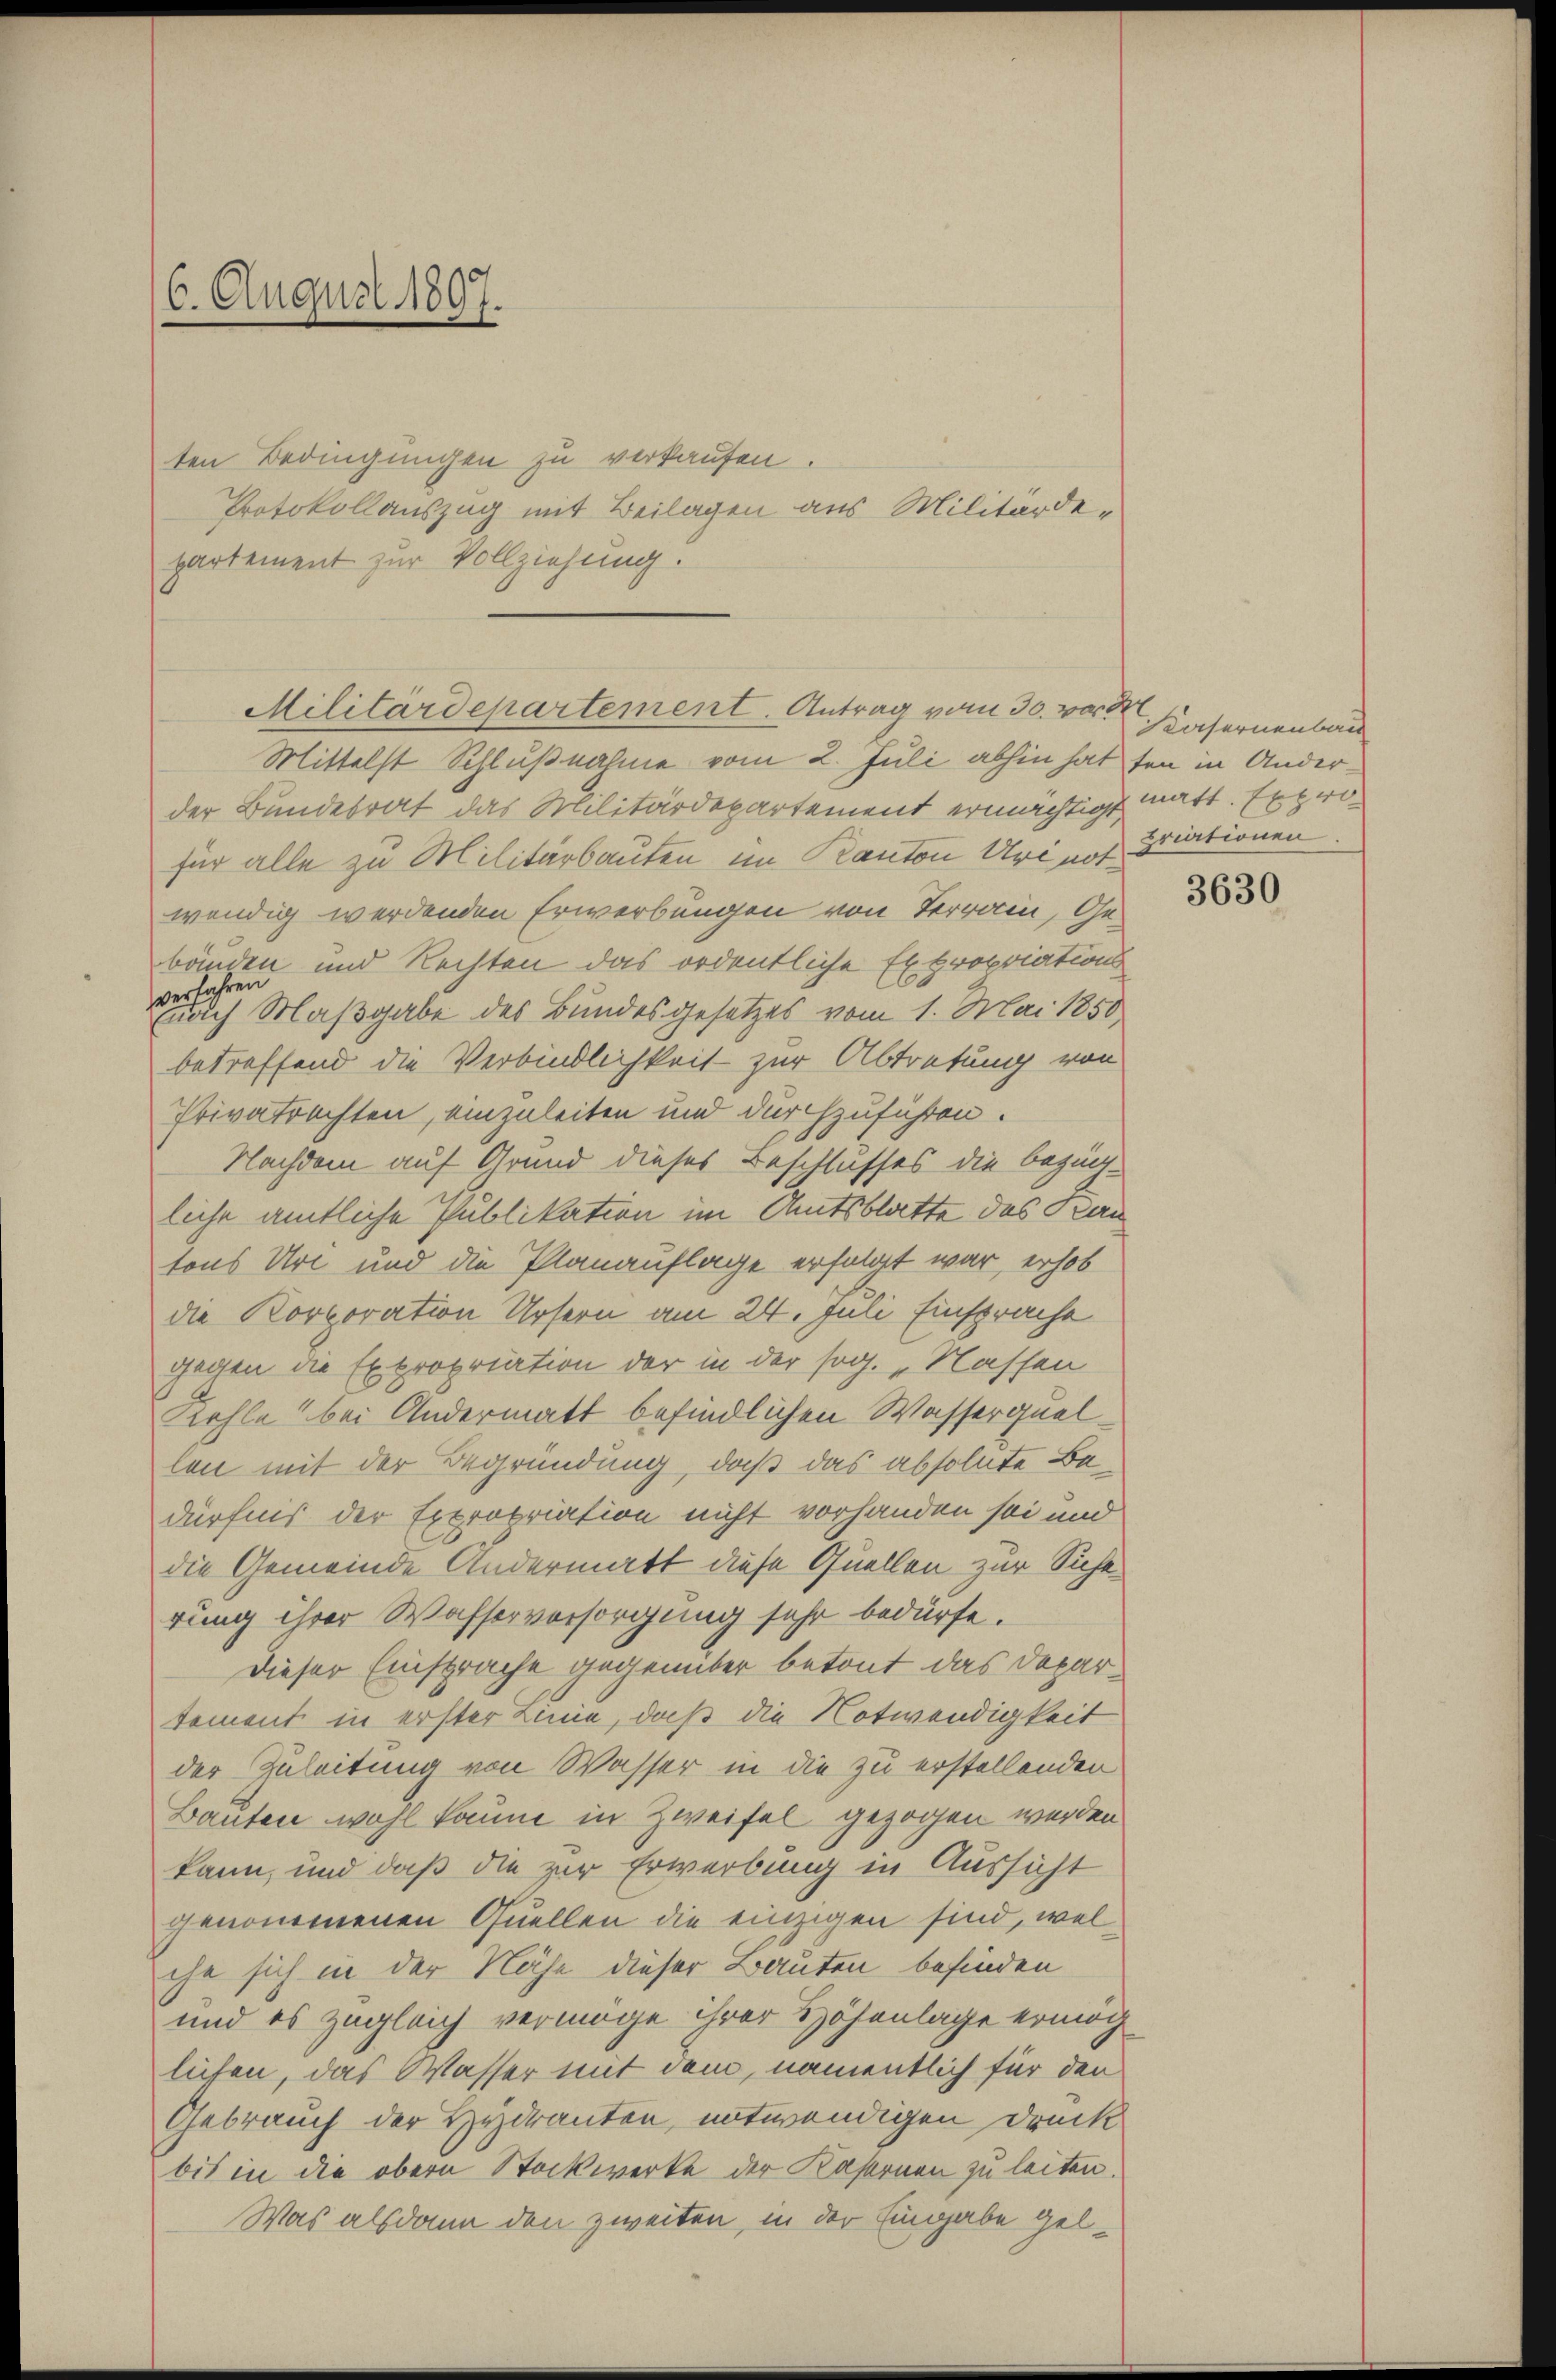
16. August 1807.
—

ten Bedingungen zu verkaufen.
Protokollauszug mit Beilagen aus Militärdepartement zur Vollziehung.

Militärdepartement. Antrag vom 30. ward

Mittelst Schlußnahme vom 2. Juli abhin hatten in Anderder Bundesrat das Militärdepartement ermächtigt matt. Expro
für alle zu Militärbauten im Kanton Uri notwendig werdenden Erwerbungen von Terrain, Gebäuden und Rechten das ordentliche Expropriations
verfahren
auch Maßgabe des Bundesgesetzes vom 1. Mai 1850
betreffend die Verbindlichkeit zur Abtretung von
Privatrachten, einzuleiten und durchzuführen.
Nachdem auf Grund dieses Beschlusses die bezügliche amtliche Publikation im Amtsblatte des Kan
tons Uri und die Planauflage erfolgt war, erhob
die Korporation Ursern am 24. Juli Einsprache
gegen die Expropriation der in der sog. „Nassen
Kehle bei Andermatt befindlichen Wasserquellen mit der Begründung, daß das absolute Bedürfnis der Expropriation nicht vorhanden sei und
die Gemeinde Andermatt diese Quellen zur Siche
rung ihrer Wasserversorgung sehr bedürfe.
Dieser Einsprache gegenüber betont das Departement in erster Linie, daß die Notwendigkeit
der Zuleitung von Wasser in die zu erstellenden
Bauten wohl kaum in Zweifel gezogen werden
kann, und daß die zur Erwerbung in Aussicht
genommenen Quellen die einzigen sind, welche sich in der Nähe dieser Bauten befinden
und es zugleich vermöge ihrer Höhenlage ermög
lichen, das Wasser mit dem, namentlich für den
Gebrauch der Hydranten, notwendigen Druck
bis in die obern Stockwerke der Kasernen zu leiten.
Was alsdann den zweiten, in der Eingabe gel¬

Kasernenbau
briationen

3630